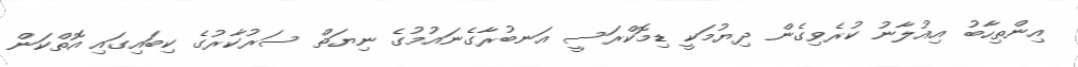
އިންތިހާބު އިއުލާނު ކުރެވިގެން ދިޔުމަކީ ޑިމޮކްރަސީ އަނބުރާގެނައުމުގެ ނިޔަތް ސަރުކާރުގެ ކިބައިގައި އޮތްކަން